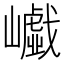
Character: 𡾟